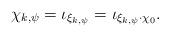
LaTeX: \begin{align*}\chi_{k,\psi}= \iota_{\xi_{k,\psi}} = \iota_{\xi_{k,\psi}\cdot \chi_{0}}. \end{align*}